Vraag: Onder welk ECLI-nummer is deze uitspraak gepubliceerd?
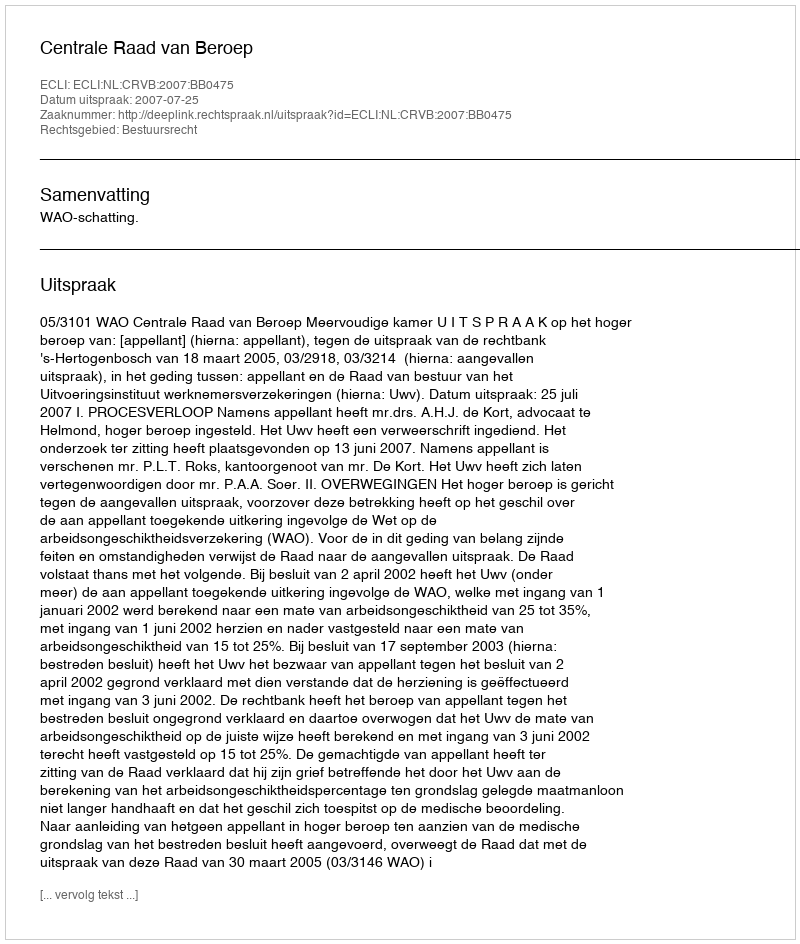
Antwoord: ECLI:NL:CRVB:2007:BB0475